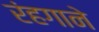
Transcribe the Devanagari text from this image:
रंहगाने